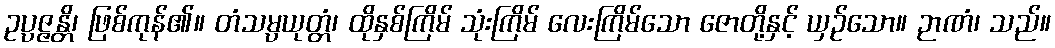
ဥပ္ပဇ္ဇန္တိ၊ ဖြစ်ကုန်၏။ တံသမ္ပယုတ္တံ၊ ထိုနှစ်ကြိမ် သုံးကြိမ် လေးကြိမ်သော ဇောတို့နှင့် ယှဉ်သော။ ဉာဏံ၊ သည်။